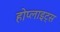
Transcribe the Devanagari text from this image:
होप्लाइट्स